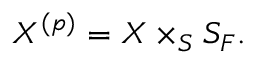
X ^ { ( p ) } = X \times _ { S } S _ { F } .